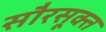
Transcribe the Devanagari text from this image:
सौरसूक्त